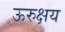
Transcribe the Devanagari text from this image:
ऊरुक्षय